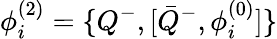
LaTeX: \phi_{i}^{(2)}=\{ Q^{-},[{\bar{Q}}^{-},\phi_{i}^{(0)}]\}